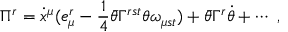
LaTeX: \Pi ^ { r } = \dot { x } ^ { \mu } ( e _ { \mu } ^ { r } - \frac { 1 } { 4 } \bar { \theta } \Gamma ^ { r s t } \theta \omega _ { \mu s t } ) + \bar { \theta } \Gamma ^ { r } \dot { \theta } + \cdots ~ ,